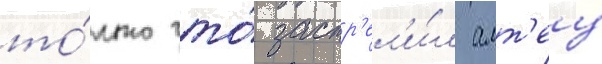
то́лько что́ застр'ел'и́л алт'еу